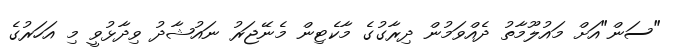
"ސަން"އަށް މައުލޫމާތު ދެއްވަމުން ދިރާގުގެ މާކެޓިން މެނޭޖަރު ނައުޝާދު ވިދާޅުވީ މި އަހަރުގެ